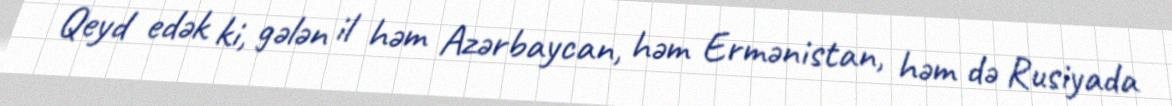
Qeyd edək ki, gələn il həm Azərbaycan, həm Ermənistan, həm də Rusiyada